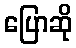
ပြောဆို